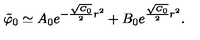
{ \tilde { \varphi } } _ { 0 } \simeq A _ { 0 } e ^ { - { \frac { \sqrt { C _ { 0 } } } { 2 } } r ^ { 2 } } + B _ { 0 } e ^ { { \frac { \sqrt { C _ { 0 } } } { 2 } } r ^ { 2 } } .